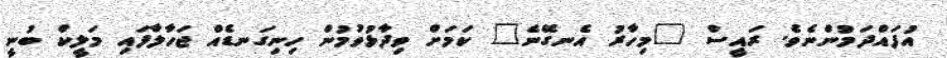
އުފައްދަމުންނެވެ. ރައީސް "މިހާރު އެނގޭނެ" ކަމަށް ވިދާޅުވުމުން ހިނިގަނޑެއް ޖަހާލާފައި މަލީކް ބުނީ